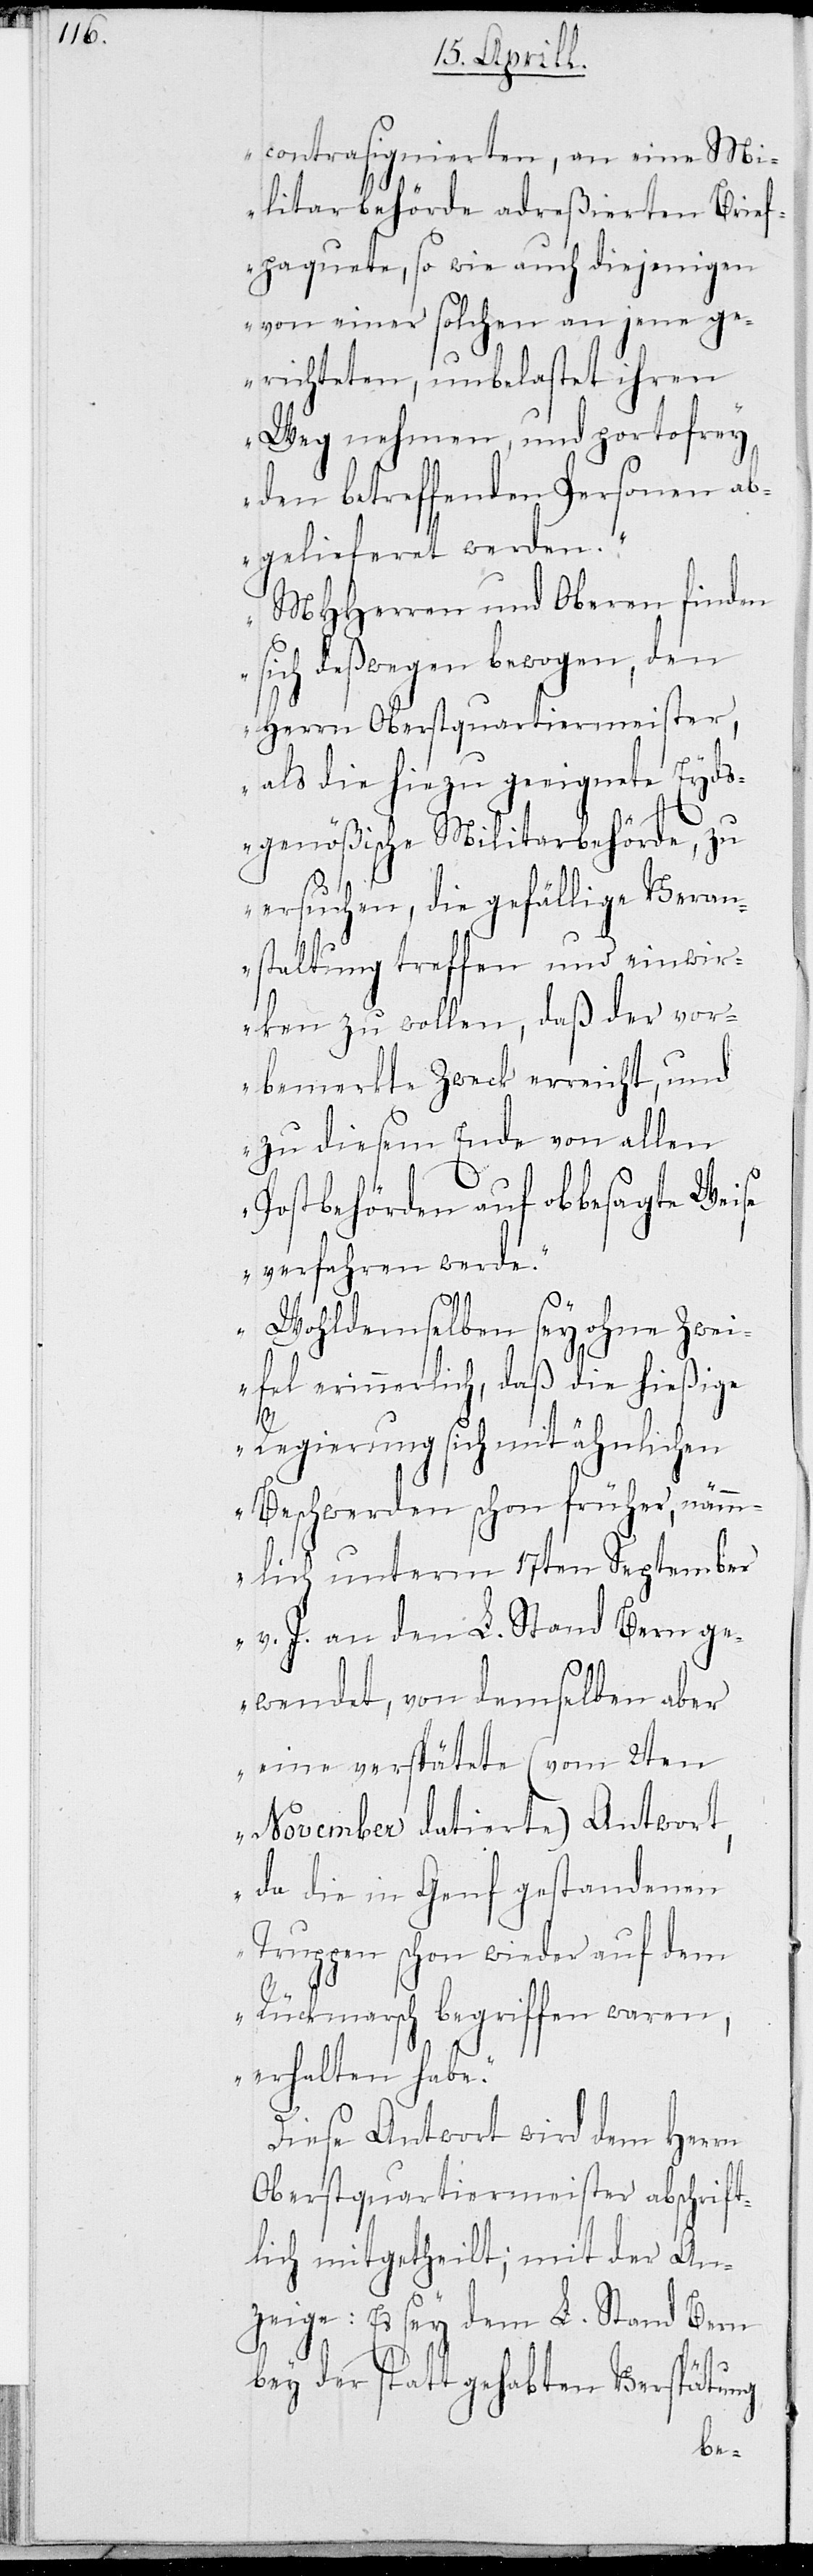
contrasignierten, an eine Mi¬
litarbehörde adreßierten Brief¬
paquete, so wie auch diejenigen
von einer solchen an jene ge¬
richteten, unbelastet ihren
Weg nehmen, und portofrey
den betreffenden Personen ab¬
gelieferet werden.
MHHerren und Oberen finden
sich deßwegen bewogen, den
Herrn Oberstquartiermeister,
als die hiezu geeignete Eyds¬
genößische Militarbehörde, zu
ersuchen, die gefällige Veran¬
staltung treffen und einwir¬
ken zu wollen, daß der vor¬
benannte Zweck erreicht, und
zu diesem Ende von allen
Postbehörden auf obbesagte Weise
verfahren werde.
Wohldemselben sey ohne Zwei¬
fel erinnerlich, daß die hießige
Regierung sich mit ähnlichen
Beschwerden schon früher, näm¬
mlich unterm 17ten September
v. J. an den L. Stand Bern ge¬
wendet, von demselben aber
eine verspätete (vom 2ten
November datierte) Antwort,
da die in Genf gestandenen
Truppen schon wieder auf dem
Rückmarsch begriffen waren,
erhalten habe.“
Diese Antwort wird dem Herrn
Oberstquartiermeister abschrift¬
lich mitgetheilt; mit der An¬
zeige: Es sey dem L. Stand Bern
bey der Statt gehabten Verspätung